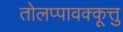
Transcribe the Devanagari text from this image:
तोलप्पावक्कूत्तु